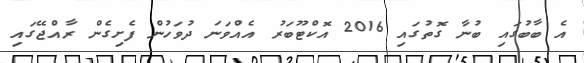
އެ ބާބުގައި ބުނާ ގޮތުގައި 2016 އޮކްޓޫބަރު އެއްވަނަ ދުވަހުން ފެށިގެން ރާއްޖޭގައި